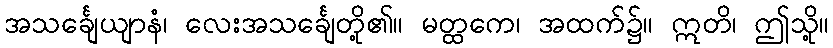
အသင်္ချေယျာနံ၊ လေးအသင်္ချေတို့၏။ မတ္ထကေ၊ အထက်၌။ ဣတိ၊ ဤသို့။